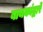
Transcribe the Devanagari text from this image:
बायकांद्वारे